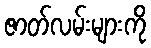
ဇာတ်လမ်းများကို